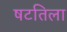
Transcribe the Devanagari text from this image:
षटतिला